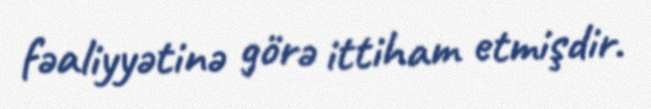
fəaliyyətinə görə ittiham etmişdir.